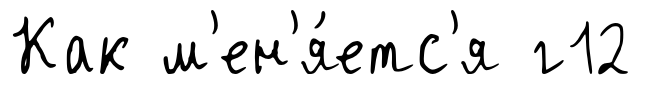
Как м'ен'я́етс'я г12